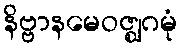
နိဗ္ဗာနမေဝဇ္ဈဂမုံ